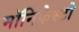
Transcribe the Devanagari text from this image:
मॉनिफेस्टो